Civil Veterinary Department ledger series I-VI
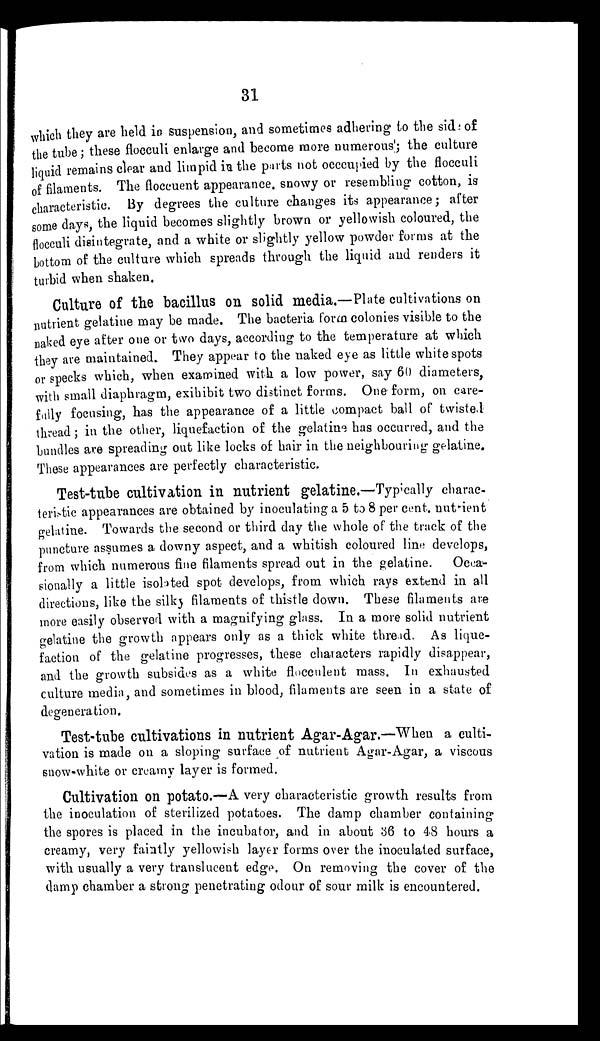
31
which they are held in suspension, and sometimes adhering to the side of
the tube; these flocculi enlarge and become more numerous ; the culture
liquid remains clear and limpid in the parts not occcupied by the flocculi
of filaments. The floccuent appearance, snowy or resembling cotton, is
characteristic. By degrees the culture changes its appearance; after
some days, the liquid becomes slightly brown or yellowish coloured, the
flocculi disintegrate, and a white or slightly yellow powder forms at the
bottom of the culture which spreads through the liquid and renders it
turbid when shaken.
Culture of the bacillus on solid media.—Plate cultivations on
nutrient gelatine may be made. The bacteria form colonies visible to the
naked eye after one or two days, according to the temperature at which
they are maintained. They appear to the naked eye as little white spots
or specks which, when examined with a low power, say 60 diameters,
with small diaphragm, exihibit two distinct forms. One form, on care-
fully focusing, has the appearance of a little compact ball of twisted
thread ; in the other, liquefaction of the gelatine has occurred, and the
bundles are spreading out like locks of hair in the neighbouring gelatine.
These appearances are perfectly characteristic.
Test-tube cultivation in nutrient gelatine.—Typically charac-
teristic appearances are obtained by inoculating a 5 to 8 per cent. nutrient
gelatine. Towards the second or third day the whole of the track of the
puncture assumes a downy aspect, and a whitish coloured line develops,
from which numerous fine filaments spread out in the gelatine. Occa-
sionally a little isolated spot develops, from which rays extend in all
directions, like the silky filaments of thistle down. These filaments are
more easily observed with a magnifying glass. In a more solid nutrient
gelatine the growth appears only as a thick white thread. As lique-
faction of the gelatine progresses, these characters rapidly disappear,
and the growth subsides as a white flocculent mass. In exhausted
culture media, and sometimes in blood, filaments are seen in a state of
degeneration.
Test-tube cultivations in nutrient Agar-Agar.—When a culti-
vation is made on a sloping surface of nutrient Agar-Agar, a viscous
snow-white or creamy layer is formed.
Cultivation on potato.—A very characteristic growth results from
the inoculation of sterilized potatoes. The damp chamber containing
the spores is placed in the incubator, and in about 36 to 48 hours a
creamy, very faintly yellowish layer forms over the inoculated surface,
with usually a very translucent edge. On removing the cover of the
damp chamber a strong penetrating odour of sour milk is encountered.